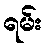
ရမ်း